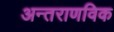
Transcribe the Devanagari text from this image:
अन्तराणविक